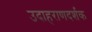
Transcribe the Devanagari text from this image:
उदाहराणदर्शक